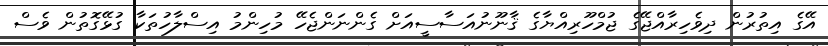
އޭގެ އިތުރުން ދިވެހިރާއްޖޭގެ ޖުމްހޫރިއްޔާގެ ޤާނޫނުއަސާސީއަށް ގެންނަންޖެހޭ މުހިންމު އިސްލާހުތަކާ ގުޅޭގޮތުން ވެސް